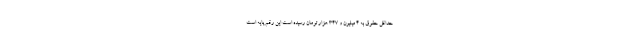
حداقل حقوق به 4 میلیون و 347 هزار تومان رسیده است این رقم پایه است